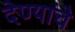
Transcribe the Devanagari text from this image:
देण्यांचे